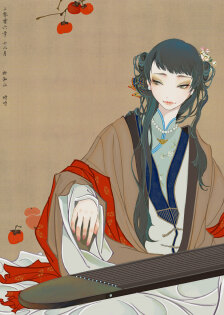
欲将心事付瑶琴。